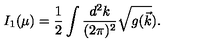
I _ { 1 } ( \mu ) = { \frac { 1 } { 2 } } \int \frac { d ^ { 2 } k } { ( 2 \pi ) ^ { 2 } } { \sqrt { g ( \vec { k } } ) } .